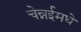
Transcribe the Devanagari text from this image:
चेन्नईमधे